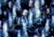
كممثل